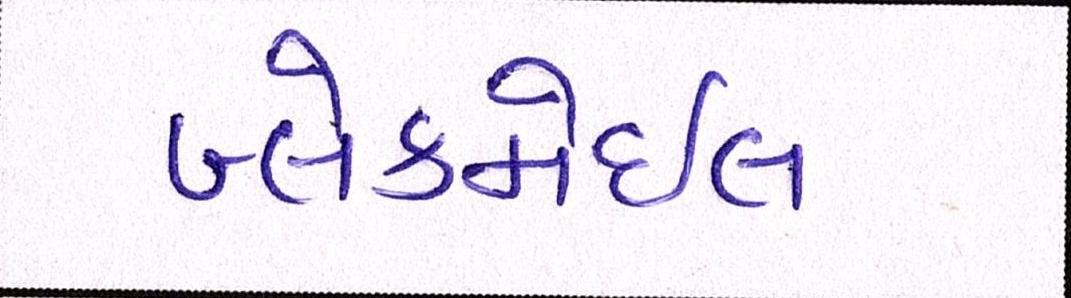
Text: બ્લેકમેઈલ